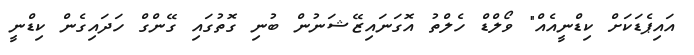
އައިޕެޑަކަށް ކިޑްނީއެއް" ވޯލްޑް ހެލްތު އޮގަނައިޒޭޝަނުން ބުނި ގޮތުގައި ގޭންގް ހަދައިގެން ކިޑްނީ